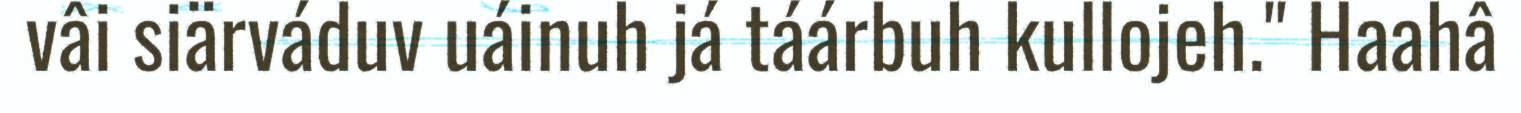
vâi siärváduv uáinuh já táárbuh kullojeh." Haahâ